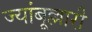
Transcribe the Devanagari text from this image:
ज्यांबूल्लारी